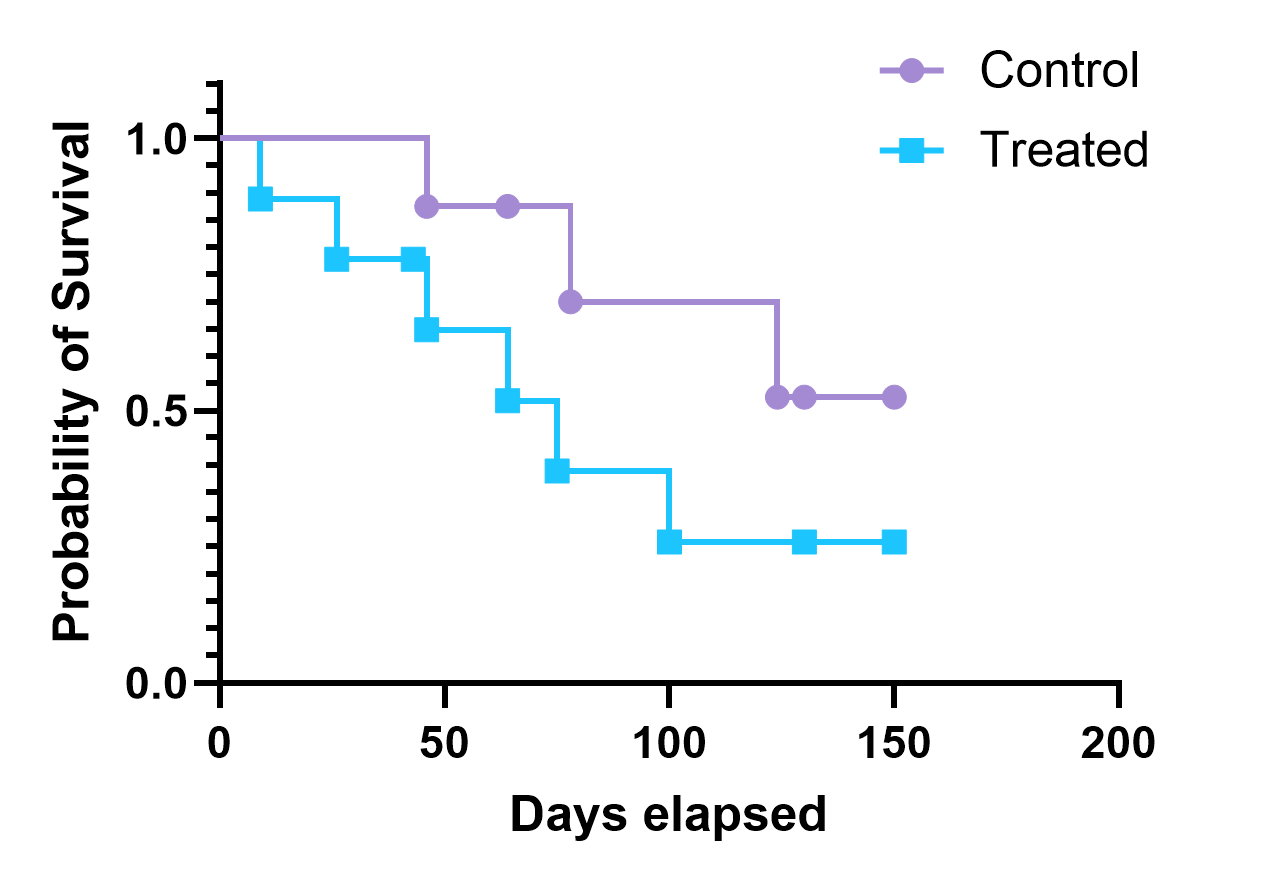
graphpad, survival, two groups, staircase, point